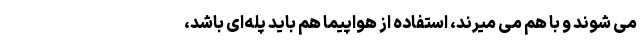
می شوند و با هم می میرند، استفاده از هواپیما هم باید پله‌ای باشد،